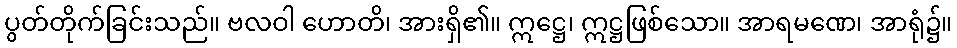
ပွတ်တိုက်ခြင်းသည်။ ဗလဝါ ဟောတိ၊ အားရှိ၏။ ဣဋ္ဌေ၊ ဣဋ္ဌဖြစ်သော။ အာရမဏေ၊ အာရုံ၌။